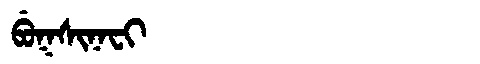
Manchu: ᠪᡠᡴᠰᡳᠨᠠᠸᡳ
Romanization: BUKSINAFI